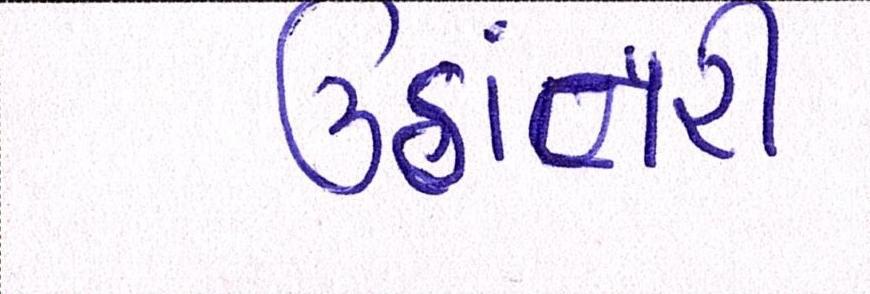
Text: ઉઠાંતરી